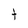
Character: t